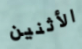
الأثنين